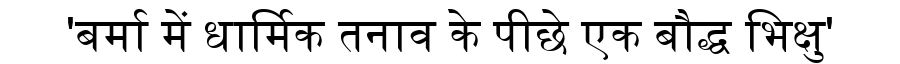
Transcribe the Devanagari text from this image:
'बर्मा में धार्मिक तनाव के पीछे एक बौद्ध भिक्षु'